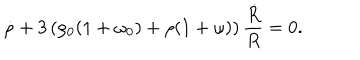
\dot { \rho } + 3 \left( \rho _ { 0 } ( 1 + \omega _ { 0 } ) + \rho ( 1 + \omega ) \right) \frac { \dot { R } } { R } = 0 .